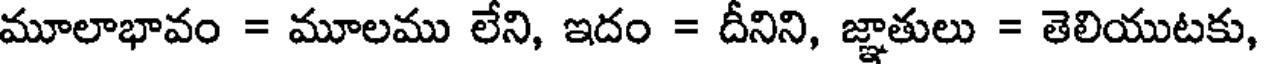
మూలాభావం = మూలము లేని, ఇదం = దీనిని, జ్ఞాతులు = తెలియుటకు,